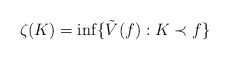
\begin{align*}\zeta(K)=\inf\{\tilde{V}(f): K\prec f\}\end{align*}